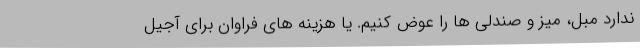
ندارد مبل، میز و صندلی ها را عوض کنیم. یا هزینه های فراوان برای آجیل